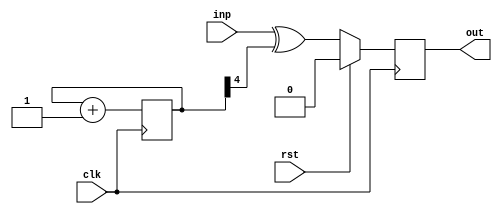
// This program was cloned from: https://github.com/steveicarus/ivtest
// License: GNU General Public License v2.0

module bar(clk, rst, inp, out);
  input  wire clk;
  input  wire rst;
  input  wire inp;
  output reg  out;

  (* this_is_a_prescaler *)
  reg [7:0] counter;

  (* temp_wire *)
  wire out_val;

  always @(posedge clk)
    counter <= counter + 1;

  assign out_val = inp ^ counter[4];

  always @(posedge clk)
    if (rst) out <= 1'd0;
    else     out <= out_val;

endmodule

module foo(clk, rst, inp, out);
  input  wire clk;
  input  wire rst;
  input  wire inp;
  output wire out;

  bar bar_instance (clk, rst, inp, out);

  initial begin
    $display("PASSED");
  end

endmodule